Indian journal of veterinary science and animal husbandry - Volumes 18-21, 1948-1951
Year: 1948
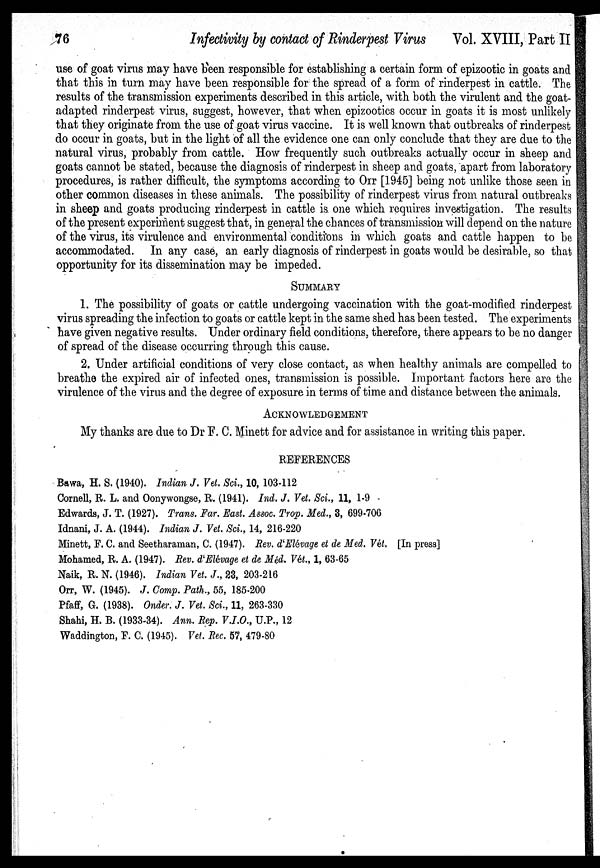
76
Infectivity by contact of Rinderpest Virus
Vol. XVIII, Part II
use of goat virus may have been responsible for establishing a certain form of epizootic in goats and
that this in turn may have been responsible for the spread of a form of rinderpest in cattle. The
results of the transmission experiments described in this article, with both the virulent and the goat-
adapted rinderpest virus, suggest, however, that when epizootics occur in goats it is most unlikely
that they originate from the use of goat virus vaccine. It is well known that outbreaks of rinderpest
do occur in goats, but in the light of all the evidence one can only conclude that they are due to the
natural virus, probably from cattle. How frequently such outbreaks actually occur in sheep and
goats cannot be stated, because the diagnosis of rinderpest in sheep and goats, apart from laboratory
procedures, is rather difficult, the symptoms according to Orr [1945] being not unlike those seen in
other common diseases in these animals. The possibility of rinderpest virus from natural outbreaks
in sheep and goats producing rinderpest in cattle is one which requires investigation. The results
of the present experiment suggest that, in general the chances of transmission will depend on the nature
of the virus, its virulence and environmental conditions in which goats and cattle happen to be
accommodated. In any case, an early diagnosis of rinderpest in goats would be desirable, so that
opportunity for its dissemination may be impeded.
SUMMARY
1. The possibility of goats or cattle undergoing vaccination with the goat-modified rinderpest
virus spreading the infection to goats or cattle kept in the same shed has been tested. The experiments
have given negative results. Under ordinary field conditions, therefore, there appears to be no danger
of spread of the disease occurring through this cause.
2. Under artificial conditions of very close contact, as when healthy animals are compelled to
breathe the expired air of infected ones, transmission is possible. Important factors here are the
virulence of the virus and the degree of exposure in terms of time and distance between the animals.
ACKNOWLEDGEMENT
My thanks are due to Dr F. C. Minett for advice and for assistance in writing this paper.
REFERENCES
Bawa, H. S. (1940). Indian J. Vet. Sci., 10, 103-112
Cornell, R. L. and Oonywongse, R. (1941). Ind. J. Vet. Sci., 11, 1-9
Edwards, J. T. (1927). Trans. Far. East. Assoc. Trop. Med., 3, 699-706
Idnani, J. A. (1944). Indian J. Vet. Sci., 14, 216-220
Minett, F. C. and Seetharaman, C. (1947). Rev. d'Elévage et de Med. Vet. [In press]
Mohamed, R. A. (1947). Rev. d'Elévage et de Méd. Vét., 1, 63-65
Naik, R. N. (1946). Indian Vet. J., 23, 203-216
Orr, W. (1945). J. Comp. Path., 55, 185-200
Pfaff, G. (1938). Onder. J. Vet. Sci., 11, 263-330
Shahi, H. B. (1933-34). Ann. Rep. V.I.O., U.P., 12
Waddington, F. C. (1945). Vet. Rec. 57, 479-80